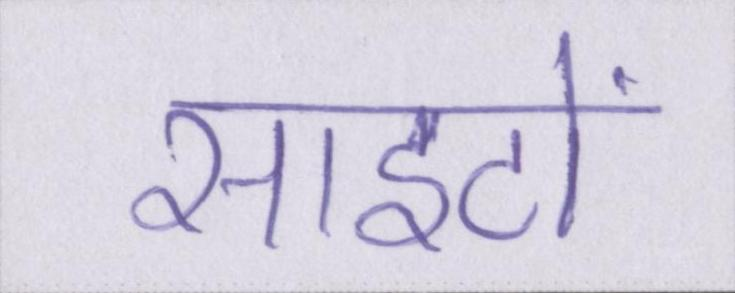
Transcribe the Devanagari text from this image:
साइटों